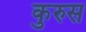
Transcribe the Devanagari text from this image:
कुरुस